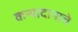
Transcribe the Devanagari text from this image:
कन्यादानाचे